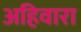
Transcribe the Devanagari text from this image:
अहिवारा